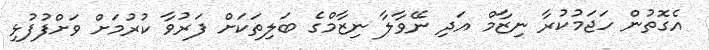
އެގޮތުން ހަޖަމުކުރާ ނިޒާމް އަދި ނޭވާލާ ނިޒާމްގެ ބަލިތަކަށް ފަރުވާ ކުރުމަށް ވަށްފުފުޅި